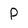
Character: P